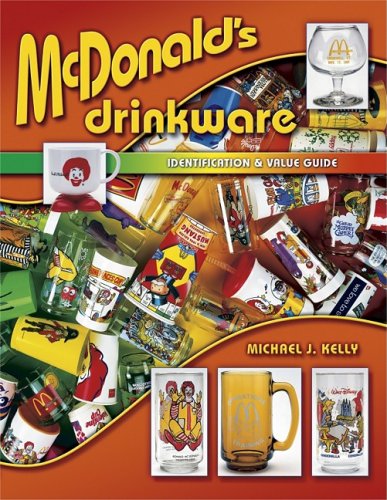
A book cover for McDonald's Drinkware: Identification & Value Guide (Identification & Values (Collector Books)); Michael J. Kelly; Crafts, Hobbies & Home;